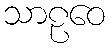
သာဠဝေ